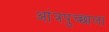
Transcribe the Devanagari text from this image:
आंत्रपुच्छाला